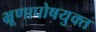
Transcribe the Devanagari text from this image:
भ्रूणापोषयुक्त